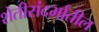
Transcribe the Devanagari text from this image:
शेतीसंदर्भातील